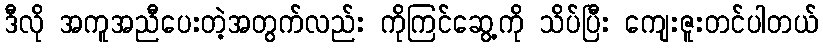
ဒီလို အကူအညီပေးတဲ့အတွက်လည်း ကိုကြင်ဆွေ့ကို သိပ်ပြီး ကျေးဇူးတင်ပါတယ်